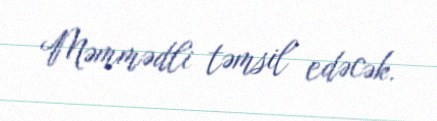
Məmmədli təmsil edəcək.